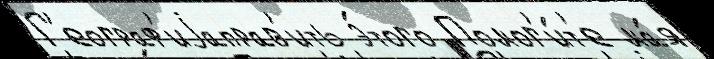
Г'еограф'иjаправ'ить э́того Помог'и́т'е ма́я